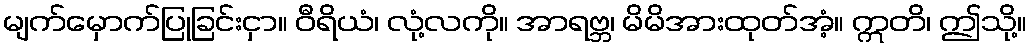
မျက်မှောက်ပြုခြင်းငှာ။ ဝီရိယံ၊ လုံ့လကို။ အာရဗ္ဘ၊ မိမိအားထုတ်အံ့။ ဣတိ၊ ဤသို့။